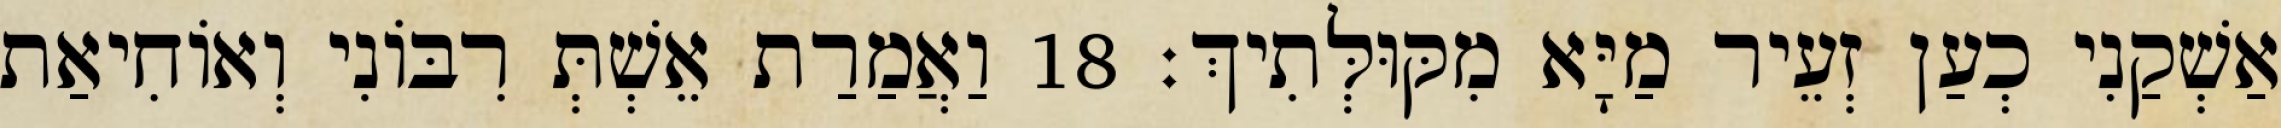
אַשְׁקַנִי כְעַן זְעֵיר מַיָּא מִקּוּלְּתִיךְ׃ 18 וַאֲמַרַת אֵשְׁתְּ רִבּוֹנִי וְאוֹחִיאַת